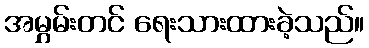
အမွှမ်းတင် ရေးသားထားခဲ့သည်။